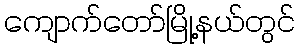
ကျောက်တော်မြို့နယ်တွင်